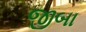
જીબા